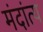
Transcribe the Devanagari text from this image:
मंदांत्य